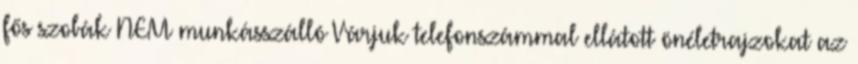
fős szobák NEM munkásszálló Várjuk telefonszámmal ellátott önéletrajzokat az